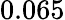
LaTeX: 0.065